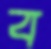
ব